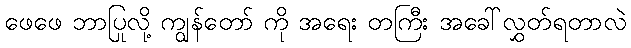
ဖေဖေ ဘာပြုလို့ ကျွန်တော် ကို အရေး တကြီး အခေါ်လွှတ်ရတာလဲ